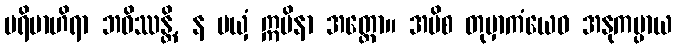
ပရိဗာဟိရာ ဘဝိဿန္တိ, န မယှံ ဣမိနာ အတ္ထော။ အပိစ တုမှာကံယေဝ အနုကမ္ပာယ